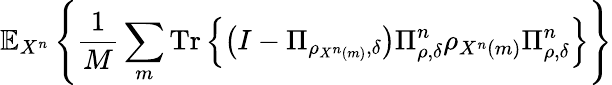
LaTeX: \mathbb{E}_{X^{n}}\left\{ {\frac{1}{M}}\sum_{m}{\mathrm{Tr}}\left\{ \left(I-\Pi_{\rho_{X^{n}\left(m\right)},\delta}\right)\Pi_{\rho,\delta}^{n}\rho_{X^{n}\left(m\right)}\Pi_{\rho,\delta}^{n}\right\} \right\}